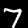
Digit: 7